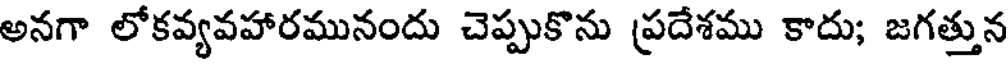
అనగా లోకవ్యవహారమునందు చెప్పుకొను ప్రదేశము కాదు; జగత్తున